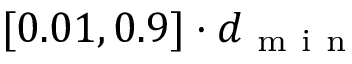
[ 0 . 0 1 , 0 . 9 ] \cdot d _ { \mathrm { ~ m ~ i ~ n ~ } }